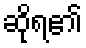
ဆိုရ၏